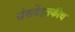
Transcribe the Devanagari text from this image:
संख्येइतकीच